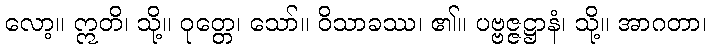
လော့။ ဣတိ၊ သို့။ ဝုတ္တေ၊ သော်။ ဝိသာခဿ၊ ၏။ ပဗ္ဗဇ္ဇဋ္ဌာနံ၊ သို့။ အာဂတာ၊